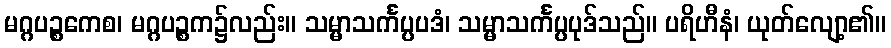
မဂ္ဂပဉ္စကေစ၊ မဂ္ဂပဉ္စက၌လည်း။ သမ္မာသင်္ကပ္ပပဒံ၊ သမ္မာသင်္ကပ္ပပုဒ်သည်။ ပရိဟီနံ၊ ယုတ်လျော့၏။